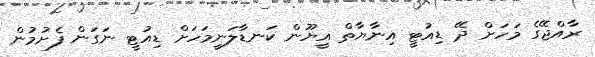
ރާއްޖޭގެ މަހަށް ދޭ ޑިއުޓީ އިނާޔާތް އީޔޫން ކަނޑާލަނީމަހަށް ޑިއުޓީ ނަގަން ފެށުމުން